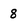
Character: 8